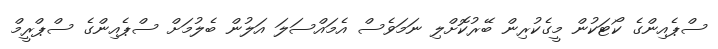
ސްޕެއިންގެ ކޯޓަކުން މީގެކުރިން ބޭރުކޮށްލި ނަމަވެސް އެމައްސަލަ އަލުން ބެލުމަށް ސްޕެއިންގެ ސްޕްރީމް